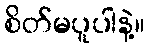
စိတ်မပူပါနဲ့။